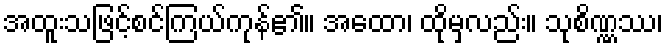
အထူးသဖြင့်စင်ကြယ်ကုန်၏။ အထော၊ ထိုမှလည်း။ သုစိဏ္ဏဿ၊